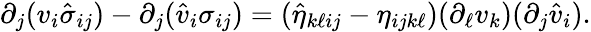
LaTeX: \begin{array}{r}{\partial_{j}(v_{i}\hat{\sigma}_{ij})-\partial_{j}(\hat{v}_{i}\sigma_{ij})=(\hat{\eta}_{k\ell ij}-\eta_{ijk\ell})(\partial_{\ell}v_{k})(\partial_{j}\hat{v}_{i}).}\end{array}